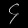
Digit: ၄